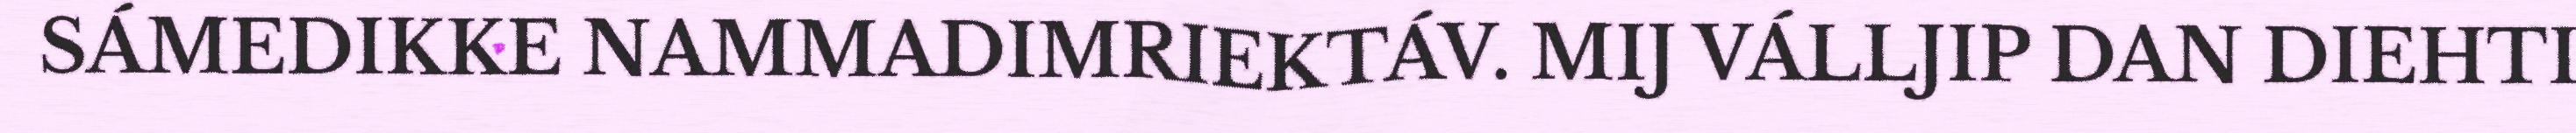
SÁMEDIKKE NAMMADIMRIEKTÁV. MIJ VÁLLJIP DAN DIEHTI